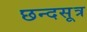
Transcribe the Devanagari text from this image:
छन्दसूत्र